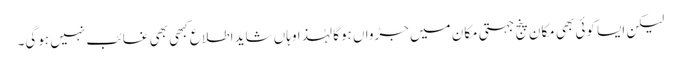
لیکن ایسا کوئی بھی مکان پنج جہتی مکان میں جڑواں ہوگا لہٰذا وہاں شاید اطلاع کبھی بھی غائب نہیں ہوگی۔